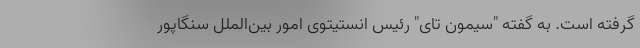
گرفته است. به گفته "سیمون تای" رئیس انستیتوی امور بین‌الملل سنگاپور